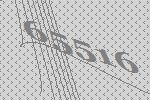
65516